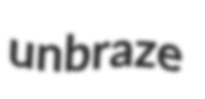
unbraze